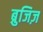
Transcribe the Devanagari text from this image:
ब्रुजिज़